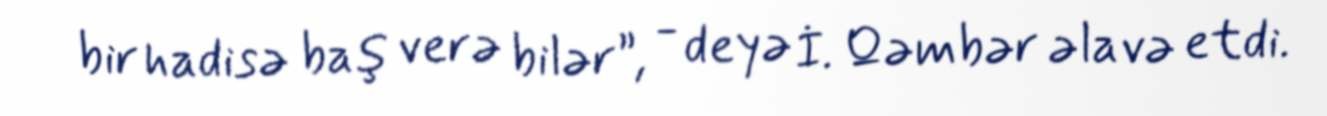
bir hadisə baş verə bilər”, - deyə İ. Qəmbər əlavə etdi.